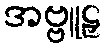
အဗ္ဗူဠှ